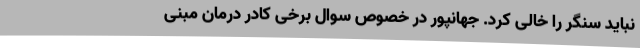
نباید سنگر را خالی کرد. جهانپور در خصوص سوال برخی کادر درمان مبنی